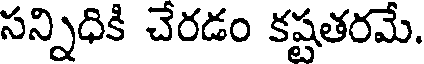
సన్నిధికి చేరడం కష్టతరమే.